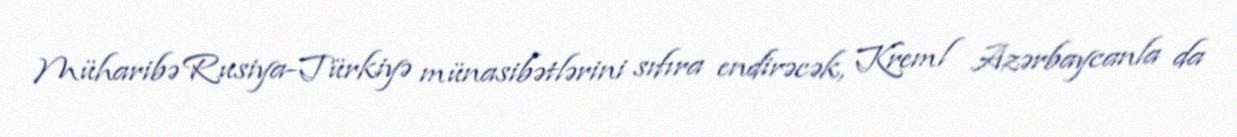
Müharibə Rusiya-Türkiyə münasibətlərini sıfıra endirəcək, Kreml Azərbaycanla da